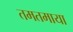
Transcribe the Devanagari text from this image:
तमतमाया